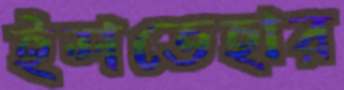
ইশতেহার